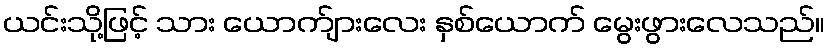
ယင်းသို့ဖြင့် သား ယောက်ျားလေး နှစ်ယောက် မွေးဖွားလေသည်။